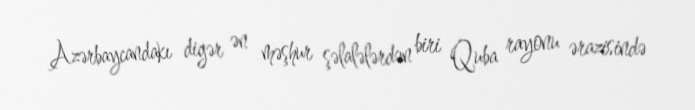
Azərbaycandakı digər ən məşhur şəlalələrdən biri Quba rayonu ərazisində